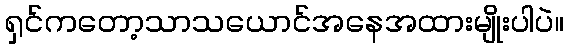
ရှင်ကတော့သာသယောင်အနေအထားမျိုးပါပဲ။